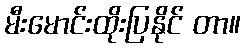
မီးမောင်းထိုးပြနိုင် တာ။